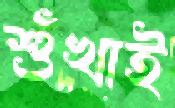
শুঁখাই